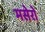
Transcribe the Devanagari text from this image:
मसेरो